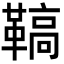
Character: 𩌡